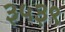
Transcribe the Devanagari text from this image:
३५३९